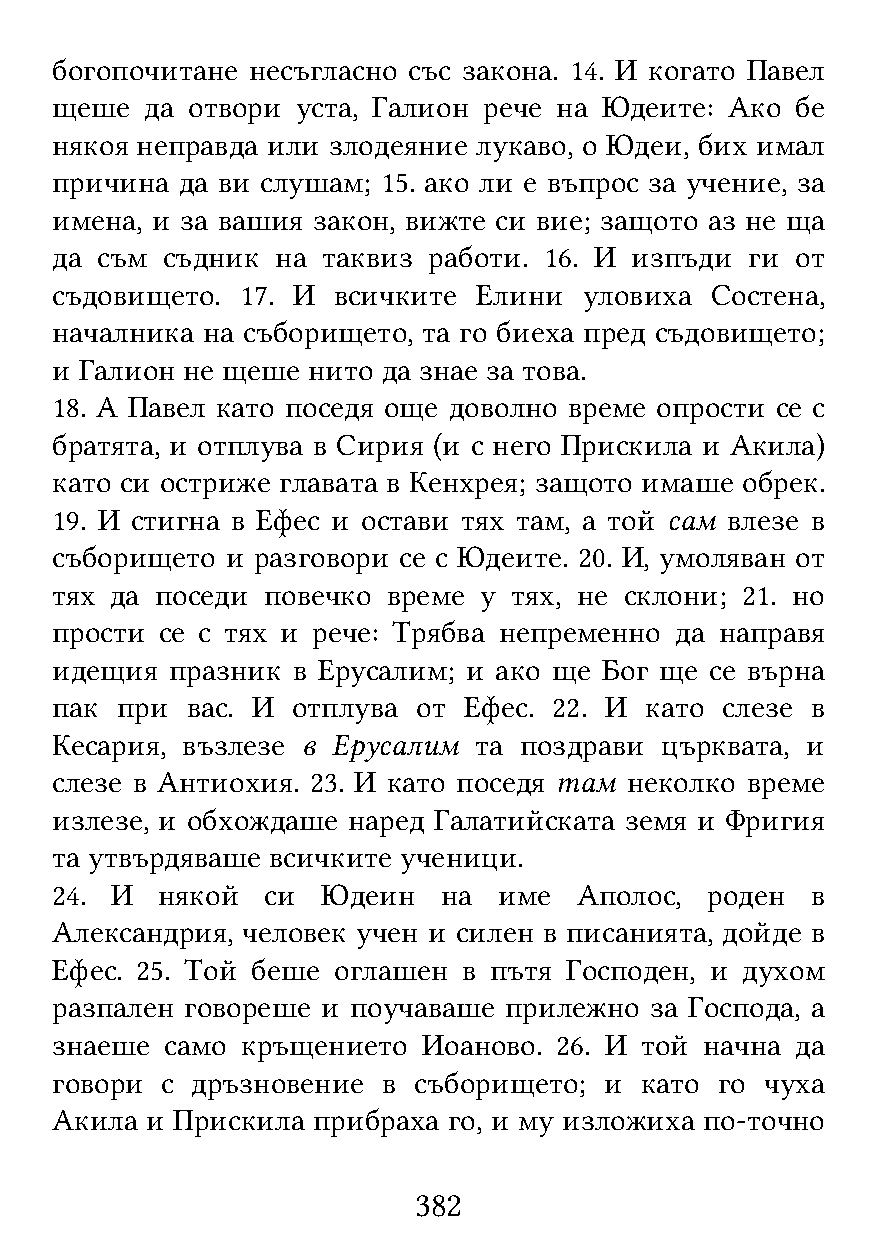
богопочитане несъгласно със закона. 14. И когато Павел
 щеше   да отвори уста, Галион рече на Юдеите: Ако бе
 някоя неправда или злодеяние лукаво, о Юдеи, бих имал
 причина  да ви слушам; 15. ако ли е въпрос за учение, за
 имена, и за вашия закон, вижте си вие; защото аз не ща
 да съм  съдник на таквиз работи. 16. И изпъди  ги от
 съдовището.  17. И всичките  Елини  уловиха Состена,
 началника на съборището, та го биеха пред съдовището;
 и Галион не щеше нито да знае за това.
 18. А Павел като поседя още доволно време опрости се с
 братята, и отплува в Сирия (и с него Прискила и Акила)
 като си остриже главата в Кенхрея; защото имаше обрек.
 19. И стигна в Ефес и остави тях там, а той сам влезе в
 съборището  и разговори се с Юдеите. 20. И, умоляван от
 тях да поседи повечко  време у тях, не склони; 21. но
 прости  се с тях и рече: Трябва непременно да направя
 идещия  празник в Ерусалим; и ако ще Бог ще се върна
 пак  при вас. И отплува  от Ефес. 22. И като слезе в
 Кесария, възлезе в Ерусалим та поздрави  църквата, и
 слезе в Антиохия. 23. И като поседя там неколко време
 излезе, и обхождаше наред Галатийската земя и Фригия
 та утвърдяваше всичките ученици.
 24. И  някой   си Юдеин   на  име  Аполос,  роден  в
 Александрия, человек учен и силен в писанията, дойде в
 Ефес. 25. Той беше оглашен  в пътя Господен, и духом
 разпален говореше и поучаваше прилежно  за Господа, а
 знаеше  само кръщението  Иоаново. 26. И той начна да
 говори  с дръзновение в съборището;  и като  го чуха
 Акила  и Прискила прибраха го, и му изложиха по-точно
 382